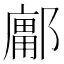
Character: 𰻽